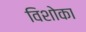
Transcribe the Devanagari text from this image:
विशोका